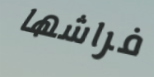
فراشها